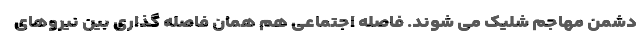
دشمن مهاجم شلیک می شوند. فاصله اجتماعی هم همان فاصله گذاری بین نیروهای